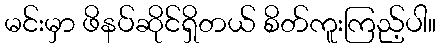
မင်းမှာ ဖိနပ်ဆိုင်ရှိတယ် စိတ်ကူးကြည့်ပါ။